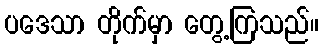
ပဒေသာ တိုက်မှာ တွေ့ကြသည်။